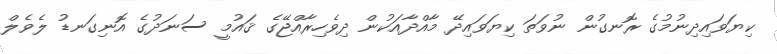
ކިޔަވައިދިނުމުގެ ރޮނގުން ނުވަތަ ކިޔަވައިދޭ މާއްދާއަކުން ދިވެހިރާއްޖޭގެ ޤައުމީ ސަނަދުގެ އޮނިގަނޑު ލެވެލް